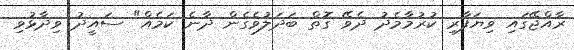
ރާއްޖޭގައި ވިޔަފާރި ކުރުމާމެދު ދެވޭ ގޮތް ބަދަލުވެެގެން ދާނެ ކަމެއް" ސައީދު ވިދާޅުވި